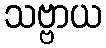
သဗ္ဗာယ